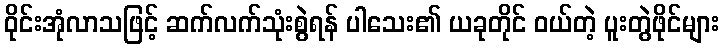
ဝိုင်းအုံလာသဖြင့် ဆက်လက်သုံးစွဲရန် ပါသေး၏ ယခုတိုင် ဝယ်တဲ့ ပူးတွဲဖိုင်များ